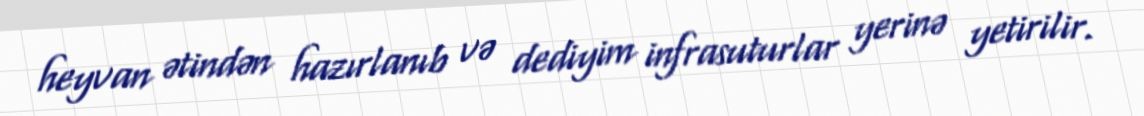
heyvan ətindən hazırlanıb və dediyim infrasuturlar yerinə yetirilir.